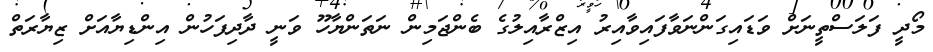
މޯދީ ފަލަސްތީނަށް ވަޑައިގަންނަވާފައިވާއިރު އިޒްރާއިލުގެ ބެންޖަމިން ނަތަންޔާހޫ ވަނީ ދާދިފަހުން އިންޑިޔާއަށް ޒިޔާރަތް